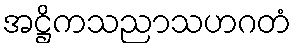
အဋ္ဌိကသညာသဟဂတံ